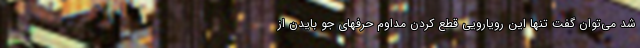
شد می‌توان گفت تنها این رویارویی قطع کردن مداوم حرفهای جو بایدن از